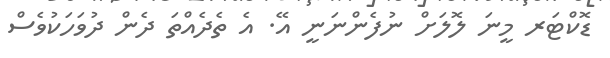
ޑޮކްޓަރ މީނަ ލޮލަށް ނުފެންނަނީ އޭ. އެ ތެދެއްތަ ދެން ދުވަހަކުވެސް